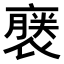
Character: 𧜈